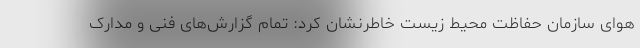
هوای سازمان حفاظت محیط زیست خاطرنشان کرد: تمام گزارش‌های فنی و مدارک